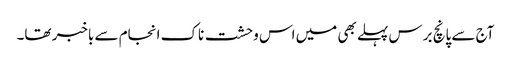
آج سے پانچ برس پہلے بھی میں اس وحشت ناک انجام سے باخبر تھا۔